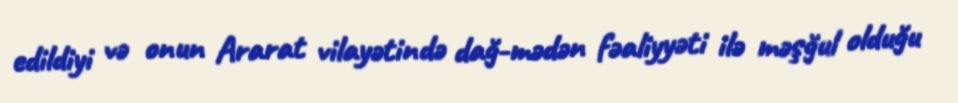
edildiyi və onun Ararat vilayətində dağ-mədən fəaliyyəti ilə məşğul olduğu